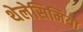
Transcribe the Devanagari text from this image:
थेलेसिमिया